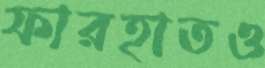
ফারহাতও